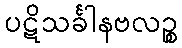
ပဋိသင်္ခါနဗလဉ္စ